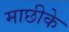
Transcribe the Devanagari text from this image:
माछीके